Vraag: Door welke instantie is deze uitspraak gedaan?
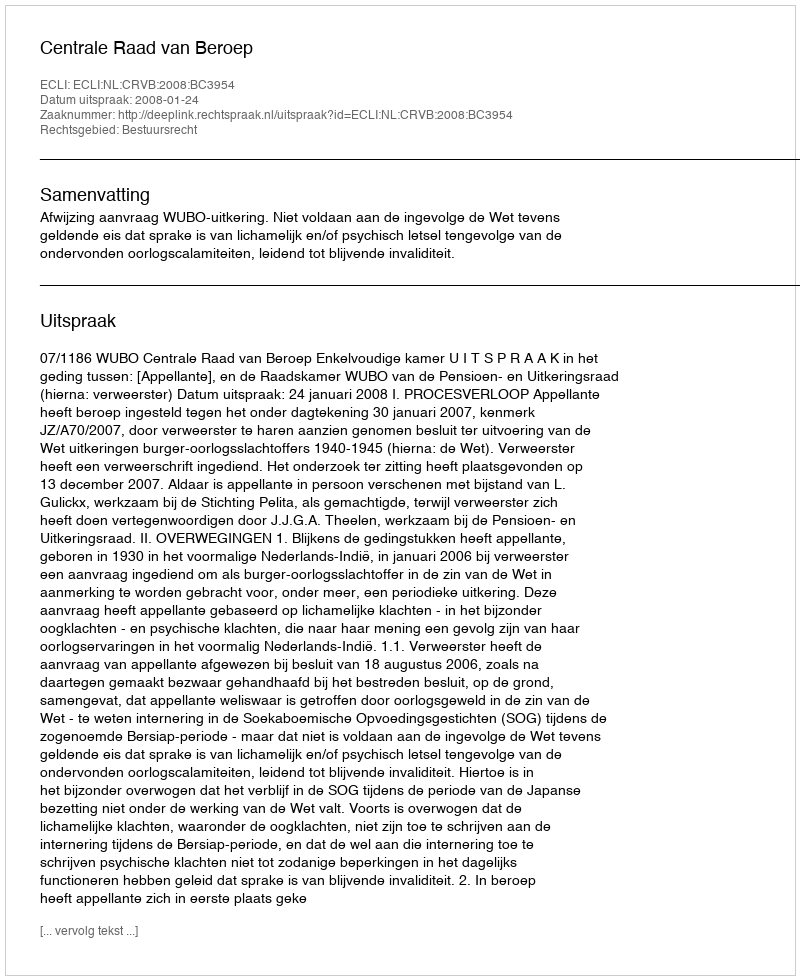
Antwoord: Centrale Raad van Beroep